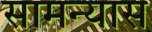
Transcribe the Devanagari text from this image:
सामन्यास